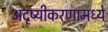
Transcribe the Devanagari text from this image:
अदृष्यीकरणामध्ये